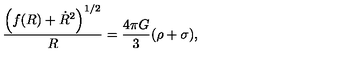
\frac { \left( f ( R ) + \dot { R } ^ { 2 } \right) ^ { 1 / 2 } } { R } = \frac { 4 \pi G } { 3 } ( \rho + \sigma ) ,